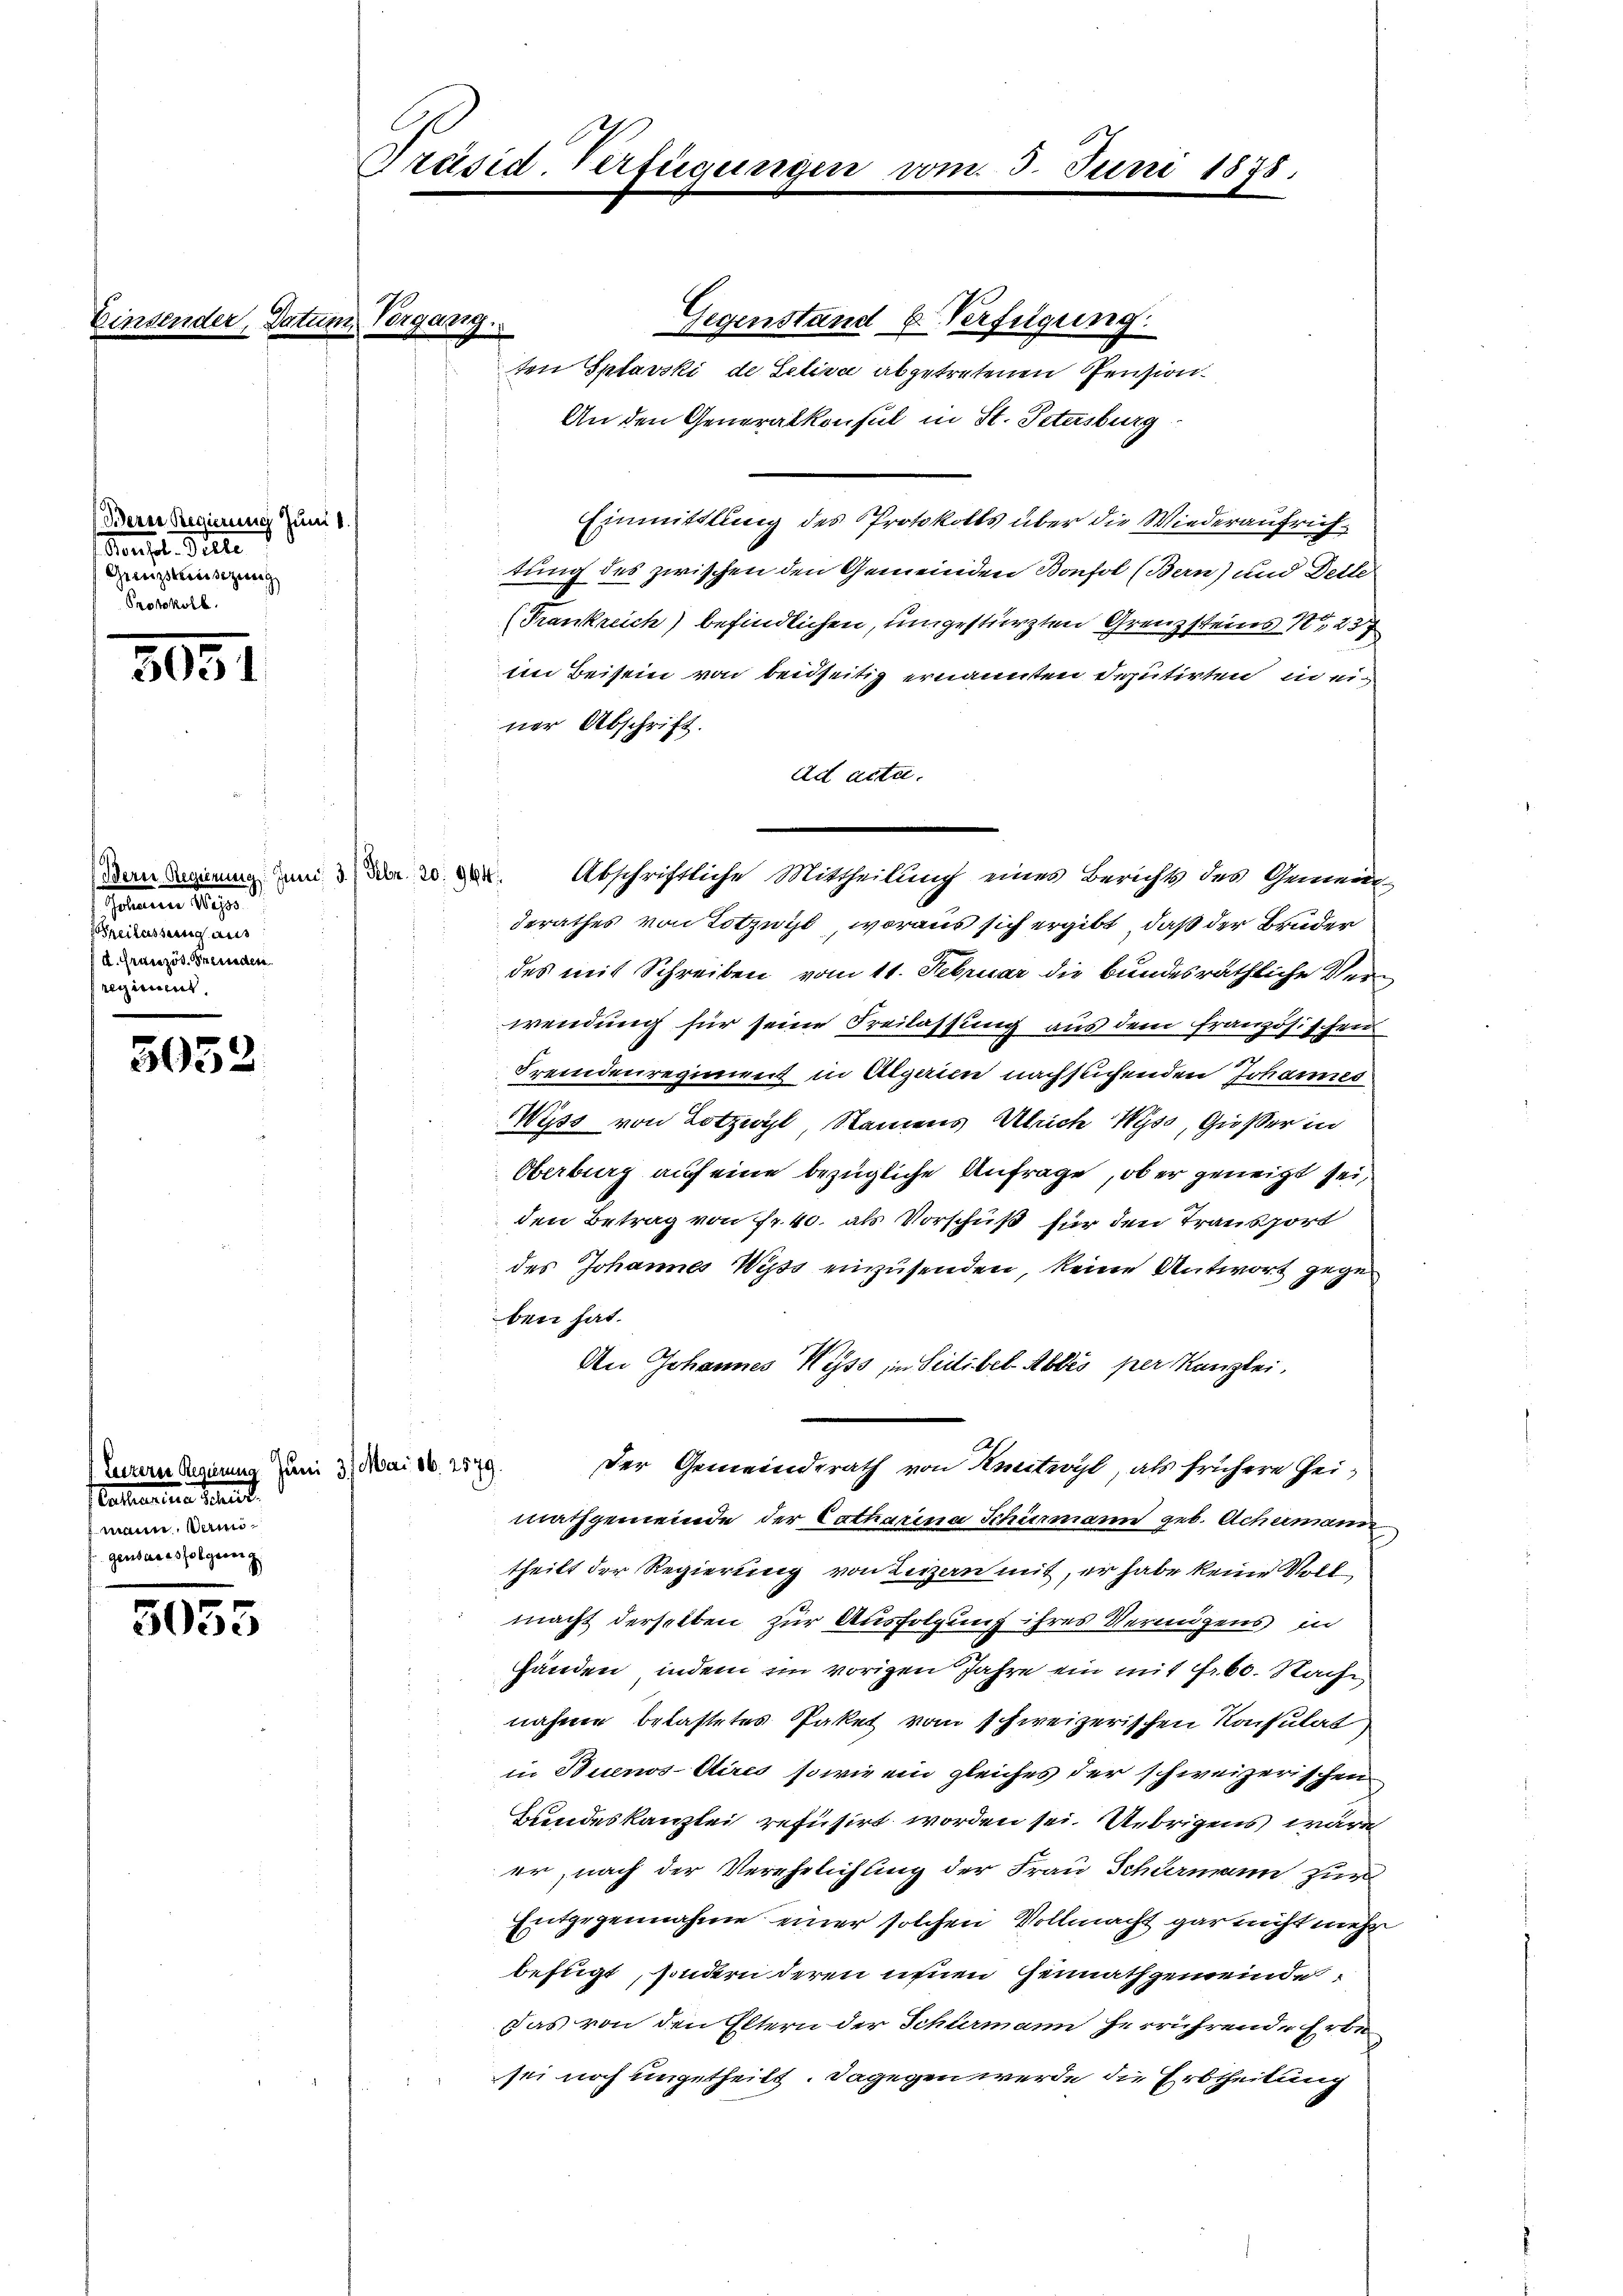
Berer Regierung Juni 1
Pensil. Bitte
Grezesizung
Protokoll.

3051

emeine Rege
reilassung aus
d. Erstenzös. Grenaden
regiment

5032

5055

Einsender, Datum Vorgang.

Präsid. Verfügungen

Luzern Kammene Juni 31. Mai 16. 2579.
Catharina Petent
mann. Dami
genbares folgung

Gegenstand u. Verfügung.
ten Splavski de Selina abgetretenen Pension.
An den Generalkonsul in St. Petersburg
Einmittlung des Protokolls über die Wiederaufrichtung des zwischen den Gemeinden Bonfol (Bern) und Delle
(Frankreich) befindlichen, umgestürzten Grenzsteins 1 237
In Beisein von beidseitig ernannten Deputirten in ei
ner Abschrift.
ad acta.
derathes von Totzwyl, woraus sich ergibt, daß der Bruder
des mit Schreiben vom 11. Februar die bundesräthliche Verwendung für seine Freilassung aus dem französischen
Fremdenregiment in Algerien nachsuchenden Johannes
Wyss von Lotzwyl, Namens Ulrich Wyss, Großer in
Oberburg auf eine bezügliche Anfrage, ob er geneigt sei,
den Betrag von Fr. 40. als Vorschuß für den Transport
des Johannes Wyss einzusenden, keine Antwort gegen
ben hat.
An Johannes Wyss, in Seitibel Abdis per Kanzlei,
Der Gemeinderath von Knitwyl, als frühere Heimathgemeinde der Catharina Schiermann geb. Achermann
theilt der Regierung von Leizen mit, er habe keine Vollmacht derselben zur Ausfolgung ihres Vermögens in
Händen, indem ein vorigen Jahre ein mit Fr. 60. Sache
nahme belastetes Paket vom schweizerischen Konsulat
in Buenos-Aires, sowie ein gleiches der schweizerischen
Bundeskanzlei refusirt worden sei. Uebrigens wäre
er, nach der Verehelichung der Frau Schumann zur
Entgegennahme einer solchen Vollmacht gar nicht mehr
befugt, sondern deren ihnen Hennathgemeinde
Das von den Eltern der Schurmann herrührend Erbesei noch ungetheilt. Dagegen werde die Erbtheilung

Dein Regierung und da 2. X. Abschriftliche Mittheilung eines Berichts des Gemein-

Juni 1878.